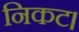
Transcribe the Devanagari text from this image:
निकट।